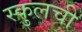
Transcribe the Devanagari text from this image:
स्कुलची